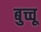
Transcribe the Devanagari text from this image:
बुच्चू